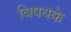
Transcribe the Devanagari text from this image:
विषयके